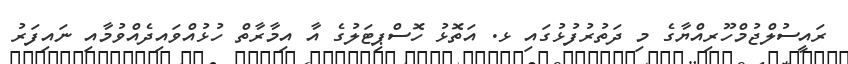
ރައީސުލްޖުމްހޫރިއްޔާގެ މި ދަތުރުފުޅުގައި ޅ. އަތޮޅު ހޮސްޕިޓަލުގެ އާ އިމާރާތް ހުޅުއްވައިދެއްވުމާއި ނައިފަރު